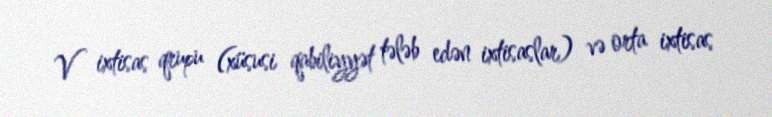
V ixtisas qrupu (xüsusi qabiliyyət tələb edən ixtisaslar) və orta ixtisas